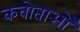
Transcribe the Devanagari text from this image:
कवोताओं